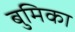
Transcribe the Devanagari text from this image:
बुमिका